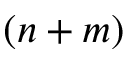
( n + m )